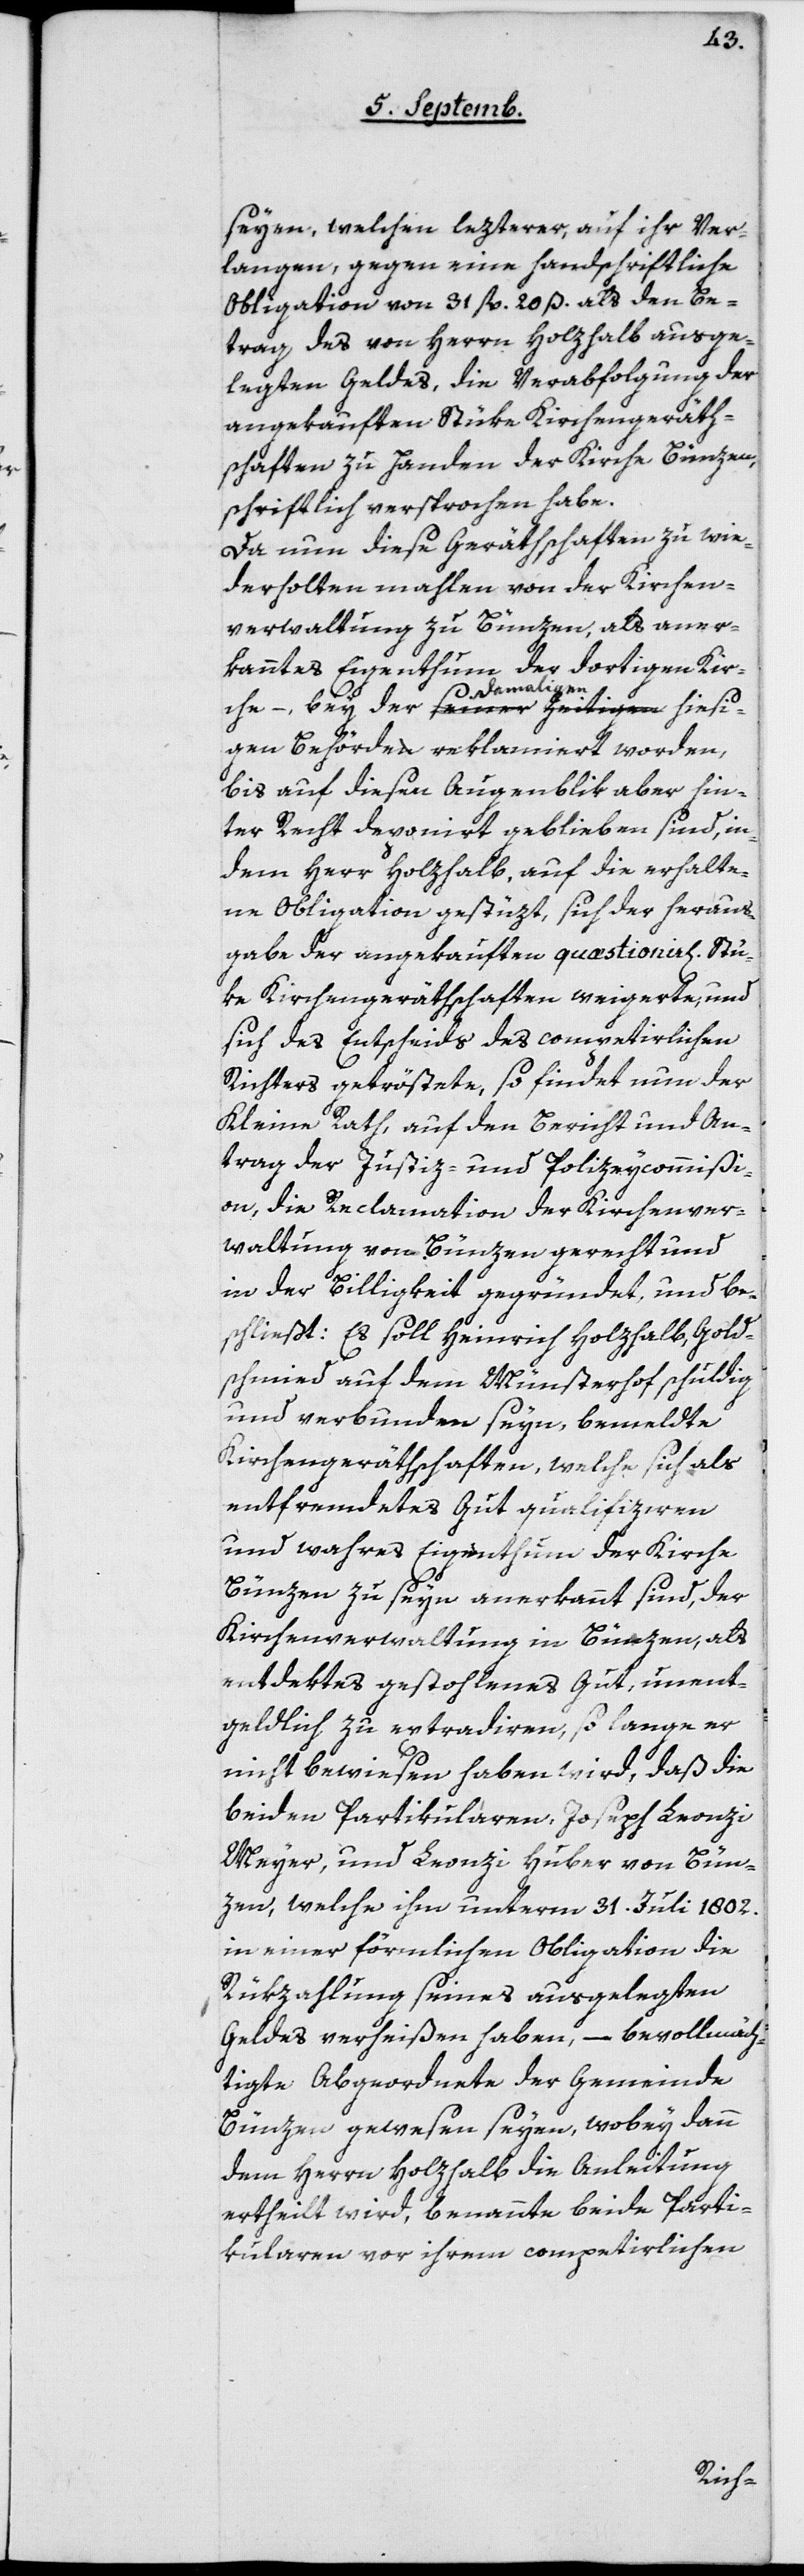
seyen, welchen lezterer, auf ihr Ver¬
langen, gegen eine handschriftliche
Obligation von 31 fl. 20 ß als den Be¬
trag, des von Herrn Holzhalb ausge¬
legten Geldes, die Verabfolgung der
angekauften Stüke Kirchengeräth¬
schaften zu Handen der Kirche Bünzen
schriftlich versprochen habe.
Da nun diese Geräthschaften zu wie¬
derholten mahlen von der Kirchen¬
verwaltung zu Bünzen, als aner¬
kanntes Eigenthum der dortigen Kir¬
der damaligen
gen Behörde reklamiert worden,
bis auf diesen Augenblik aber hin¬
ter Recht deponirt geblieben sind, in¬
dem Herr Holzhalb, auf die erhalte¬
ne Obligation gestüzt, sich der Heraus¬
gabe der angekauften quastionierl. Stü¬
ke Kirchengeräthschaften weigerte, und
sich des Entscheids des competirlichen
Richters getröstete, so findet nun der
Kleine Rath, auf den Bericht und An¬
trag der Justiz- und Polizeycommißi¬
on, die Reclamation der Kirchenver¬
waltung von Bünzen gerecht und
in der Billigkeit gegründet, und be¬
schließt: Es soll Heinrich Holzhalb, Gold¬
schmied auf dem Münsterhof, schuldig
und verbunden seyn, bemeldte
Kirchengeräthschaften, welche sich als
entfremdetes Gut qualifiziren
und wahres Eigenthum der Kirche
Bünzen zu seyn anerkannt sind, der
Kirchenverwaltung in Bünzen, als
entdektes gestohlenes Gut, unent¬
geldlich zu extradiren, so lange er
nicht bewiesen haben wird, daß die
beiden Partikularen, Joseph Leonzi
Meyer und Leonzi Huber von Bün¬
zen, welche ihm unterm 31. Juli 1802
in einer förmlichen Obligation die
Rükzahlung seines ausgelegten
Geldes verheißen haben, – bevollmäch¬
tigte Abgeordnete der Gemeinde
Bünzen gewesen seyen, wobei dann
dem Herrn Holzhalb die Anleitung
ertheilt wird, benannte beyde Parti¬
kularen vor ihrem competierlichen
hiesi¬